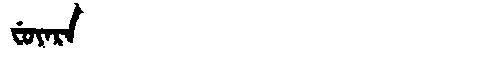
Manchu: ᠸᡠᠶᠠᡵᠠ
Romanization: FUYARA